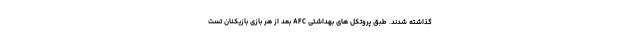
گذاشته شدند. طبق پروتکل های بهداشتی AFC بعد از هر بازی بازیکنان تست